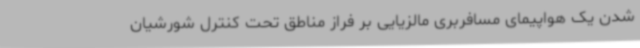
شدن یک هواپیمای مسافربری مالزیایی بر فراز مناطق تحت کنترل شورشیان